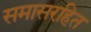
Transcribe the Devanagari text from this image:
समासरहित